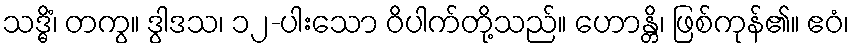
သဒ္ဓိံ၊ တကွ။ ဒွါဒသ၊ ၁၂-ပါးသော ဝိပါက်တို့သည်။ ဟောန္တိ၊ ဖြစ်ကုန်၏။ ဧဝံ၊